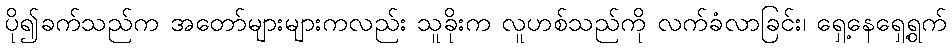
ပို၍ခက်သည်က အတော်များများကလည်း သူခိုးက လူဟစ်သည်ကို လက်ခံလာခြင်း၊ ရှေ့နေရှေ့ရွက်